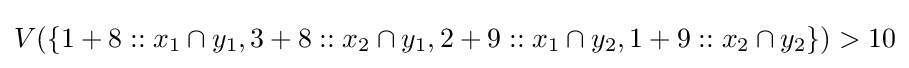
V(\{1+8::x_{1}\cap y_{1},3+8::x_{2}\cap y_{1},2+9::x_{1}\cap y_{2},1+9::x_{2}\cap y_{2}\})>10